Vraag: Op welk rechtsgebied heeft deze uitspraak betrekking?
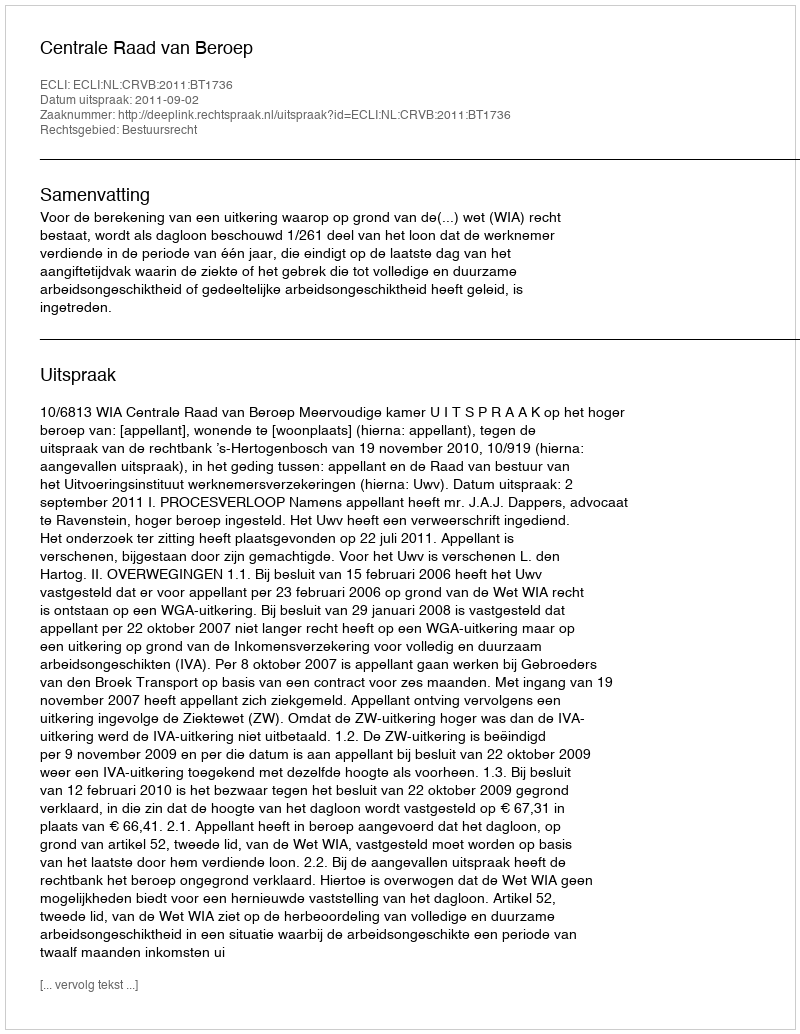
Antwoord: Bestuursrecht